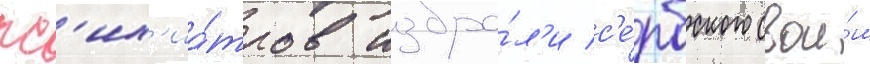
пс'их'иа́тров избра́л'и с'е́рбского свои́м